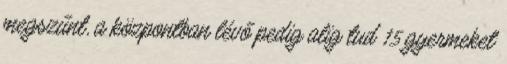
megszűnt, a központban lévő pedig alig tud 15 gyermeket